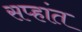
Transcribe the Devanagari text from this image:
सप्हांत